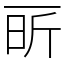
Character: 㪽